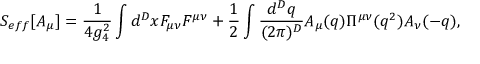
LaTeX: S _ { e f f } [ A _ { \mu } ] = { \frac { 1 } { 4 g _ { 4 } ^ { 2 } } } \int d ^ { D } x F _ { \mu \nu } F ^ { \mu \nu } + { \frac { 1 } { 2 } } \int { \frac { d ^ { D } q } { ( 2 \pi ) ^ { D } } } A _ { \mu } ( q ) \Pi ^ { \mu \nu } ( q ^ { 2 } ) A _ { \nu } ( - q ) ,